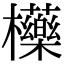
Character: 㰛